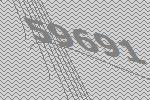
59691